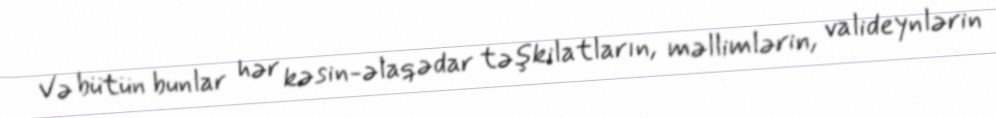
Və bütün bunlar hər kəsin-əlaqədar təşkilatların, məllimlərin, valideynlərin